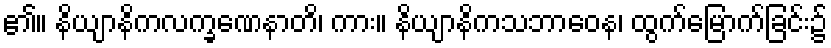
၏။ နိယျာနိကလက္ခဏေနာတိ၊ ကား။ နိယျာနိကသဘာဝေန၊ ထွက်မြောက်ခြင်း၌